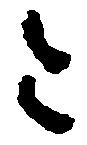
令